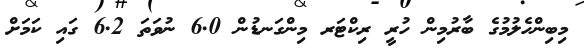
މިބިންހެލުމުގެ ބާރުމިން ހުރީ ރިކްޓަރ މިންގަނޑުން 6.0 ނުވަތަ 6.2 ގައި ކަމަށް